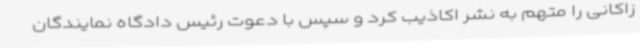
زاکانی را متهم به نشر اکاذیب کرد و سپس با دعوت رئیس دادگاه نمایندگان